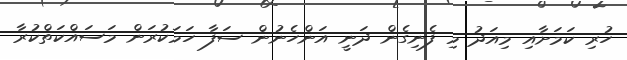
ހުރި ކަމަށާއި މިއަދު މި ފެނިގެން ދަނީ އަންހެނުން ސަފާ ހަމަކުރަން މަސައްކަތްކުރާ